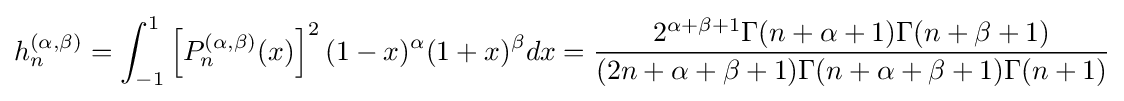
h_{n}^{(\alpha ,\beta )}=\int _{-1}^{1}\left[P_{n}^{(\alpha ,\beta )}(x)\right]^{2}(1-x)^{\alpha }(1+x)^{\beta }dx={\frac {2^{\alpha +\beta +1}\Gamma (n+\alpha +1)\Gamma (n+\beta +1)}{(2n+\alpha +\beta +1)\Gamma (n+\alpha +\beta +1)\Gamma (n+1)}}